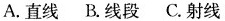
A. 直线 B. 线段 C. 射线